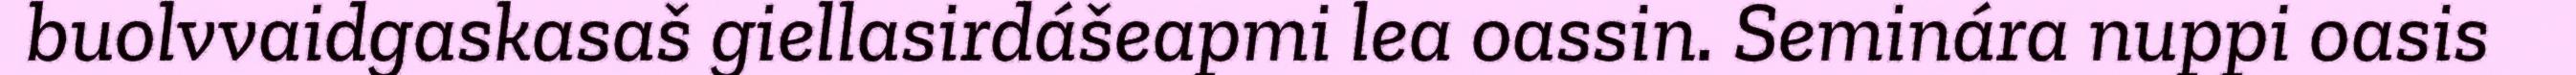
buolvvaidgaskasaš giellasirdášeapmi lea oassin. Seminára nuppi oasis